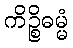
ကိဉ္စိဓမ္မံ